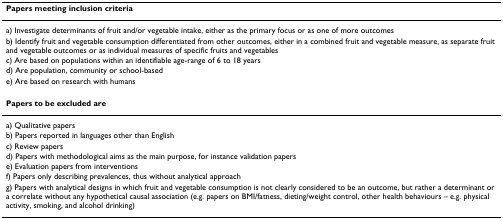
<table><thead><tr><td><b>Papers meeting inclusion criteria</b></td></tr></thead><tbody><tr><td>a) Investigate determinants of fruit and/or vegetable intake, either as the primary focus or as one of more outcomes</td></tr><tr><td>b) Identify fruit and vegetable consumption differentiated from other outcomes, either in a combined fruit and vegetable measure, as separate fruit and vegetable outcomes or as individual measures of specific fruits and vegetables</td></tr><tr><td>c) Are based on populations within an identifiable age-range of 6 to 18 years</td></tr><tr><td>d) Are population, community or school-based</td></tr><tr><td>e) Are based on research with humans</td></tr><tr><td><b>Papers to be excluded are</b></td></tr><tr><td>a) Qualitative papers</td></tr><tr><td>b) Papers reported in languages other than English</td></tr><tr><td>c) Review papers</td></tr><tr><td>d) Papers with methodological aims as the main purpose, for instance validation papers</td></tr><tr><td>e) Evaluation papers from interventions</td></tr><tr><td>f) Papers only describing prevalences, thus without analytical approach</td></tr><tr><td>g) Papers with analytical designs in which fruit and vegetable consumption is not clearly considered to be an outcome, but rather a determinant or a correlate without any hypothetical causal association (e.g. papers on BMI/fatness, dieting/weight control, other health behaviours – e.g. physical activity, smoking, and alcohol drinking)</td></tr></tbody></table>